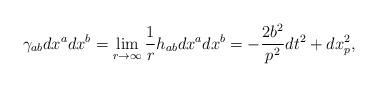
LaTeX: \begin{align*}\gamma_{ab}dx^a dx^b =\lim_{r\to \infty}\frac{1}{r}h_{ab}dx^a dx^b =-\frac{2b^2}{p^2}dt^2 +dx_p^2,\end{align*}